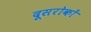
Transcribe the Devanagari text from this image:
दूसरोकों